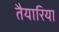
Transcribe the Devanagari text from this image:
तैयारिया